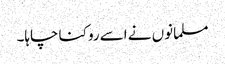
مسلمانوں نے اسے روکنا چاہا۔